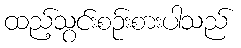
ထည့်သွင်းစဉ်းစားပါသည်